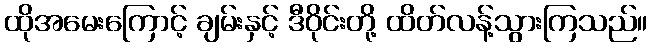
ထိုအမေးကြောင့် ချမ်းနှင့် ဒီဝိုင်းတို့ ထိတ်လန့်သွားကြသည်။